Report on the Nagpur School of Medicine, Central Provinces
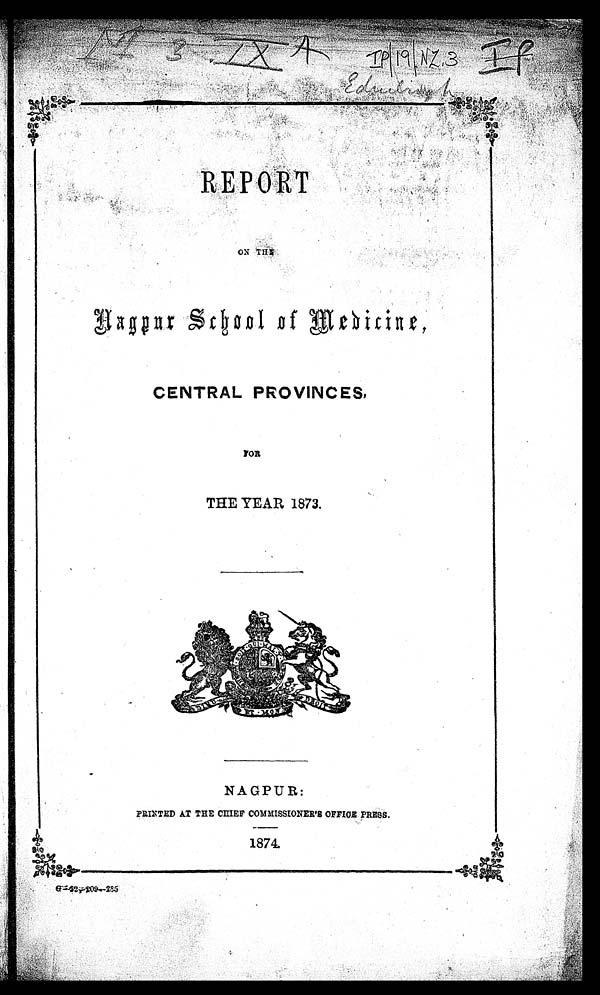
. -
R E P O R T
ON THE
Nagpur School of Medicine,
CENTRAL PROVINCES,
F O R
THE YEAR 1873.
NAGPUR:
PRINTED AT THE CHIEF COMMISSIONER'S OFFICE PRESS.
1874.
G—52—209—285